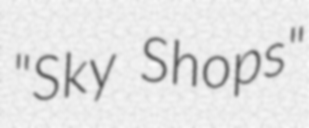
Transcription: "Sky Shops"